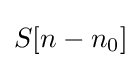
S[n-n_{0}]\!